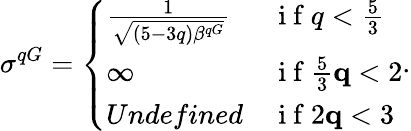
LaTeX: \sigma^{qG}=\left\{ \begin{array}{ll}{\frac{1}{\sqrt{(5-3q)\beta^{qG}}}}&{\mathrm{~i~f~}q<\frac{5}{3}}\\ {\infty}&{\mathrm{~i~f~}\frac{5}{3}\le q<2}\\ {Undefined}&{\mathrm{~i~f~}2\le q<3}\end{array}\right..